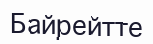
Байрейтте